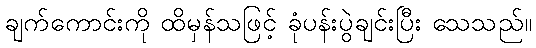
ချက်ကောင်းကို ထိမှန်သဖြင့် ခုံပန်းပွဲချင်းပြီး သေသည်။